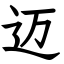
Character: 迈